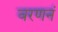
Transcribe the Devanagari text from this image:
वरणनं